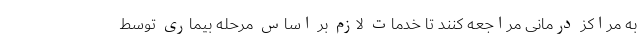
به مراکز درمانی مراجعه کنند تا خدمات لازم بر اساس مرحله بیماری توسط